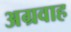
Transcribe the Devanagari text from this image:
अग्रवाह